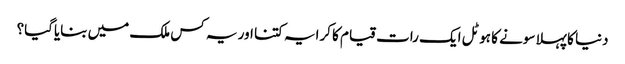
دنیا کا پہلا سونے کا ہوٹل ایک رات قیام کا کرایہ کتنا اور یہ کس ملک میں بنایاگیا؟